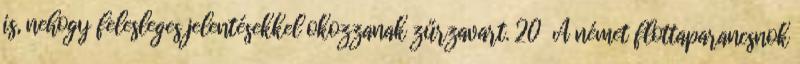
is, nehogy felesleges jelentésekkel okozzanak zűrzavart. 20 A német flottaparancsnok